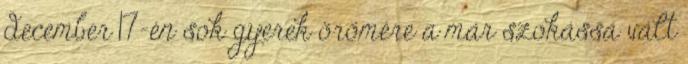
december 17-én sok gyerek örömére a már szokássá vált